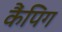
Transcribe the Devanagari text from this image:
कैंपिग